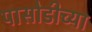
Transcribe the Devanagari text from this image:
पासोडीच्या